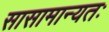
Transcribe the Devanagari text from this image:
सासामान्यतः